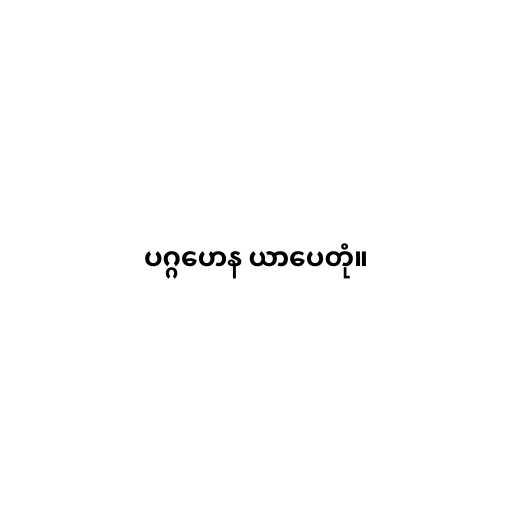
ပဂ္ဂဟေန ယာပေတုံ။